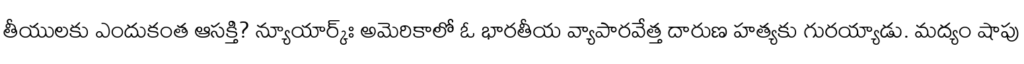
తీయులకు ఎందుకంత ఆసక్తి? న్యూయార్క్ః అమెరికాలో ఓ భారతీయ వ్యాపారవేత్త దారుణ హత్యకు గురయ్యాడు. మద్యం షాపు